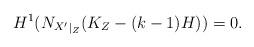
LaTeX: \begin{align*}H^1({N_{X'}}_{|_Z}(K_Z-(k-1)H))=0. \end{align*}